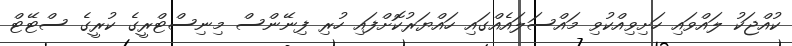
ކުއްޖަކު ލައްވައި ހަށިވިއްކުވި މައްސަލައެއްގައި ހައްޔަރުކޮށްފައި ހުރި ފިނޭންސް މިނިސްޓްރީގެ ކުރީގެ ސްޓޭޓް